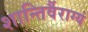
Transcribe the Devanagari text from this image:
शान्तिर्वैराग्यं